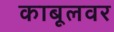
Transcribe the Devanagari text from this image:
काबूलवर